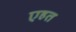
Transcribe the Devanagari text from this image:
एहत